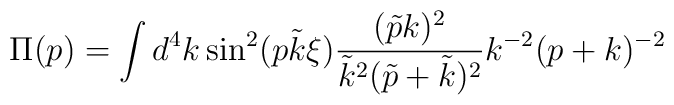
\Pi(p)= \int d^4k \sin^2(p \tilde{k} \xi) \frac{(\tilde{p}k)^2}{\tilde{k}^2(\tilde{p}+\tilde{k})^2}k^{-2}(p+k)^{-2}